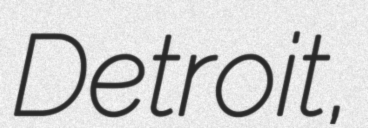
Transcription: Detroit,